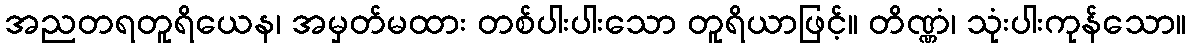
အညတရတူရိယေန၊ အမှတ်မထား တစ်ပါးပါးသော တူရိယာဖြင့်။ တိဏ္ဏံ၊ သုံးပါးကုန်သော။